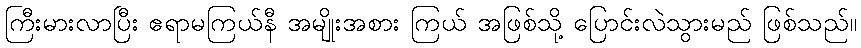
ကြီးမားလာပြီး ဧရာမကြယ်နီ အမျိုးအစား ကြယ် အဖြစ်သို့ ပြောင်းလဲသွားမည် ဖြစ်သည်။